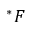
^ * F